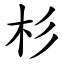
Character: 杉